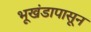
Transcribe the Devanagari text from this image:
भूखंडापासून